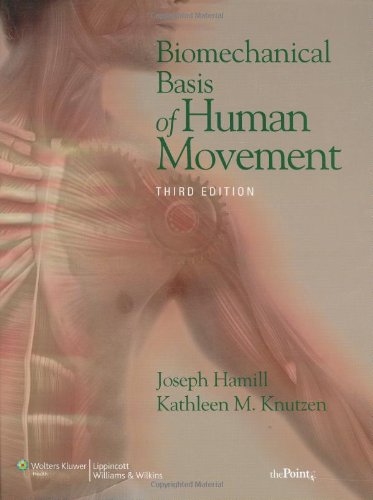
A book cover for Biomechanical Basis of Human Movement, 3rd Edition; Joseph Hamill; Medical Books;